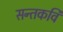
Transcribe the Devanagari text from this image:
सन्तकवि